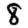
Digit: 8